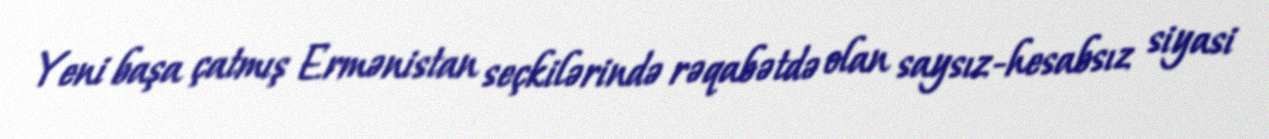
Yeni başa çatmış Ermənistan seçkilərində rəqabətdə olan saysız-hesabsız siyasi